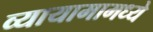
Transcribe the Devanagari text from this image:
व्यायामामध्ये